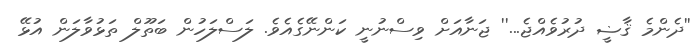
''ދެންމެ ޤާޟީ ދުރުވެއްޖެ...'' ޖަނާއަށް ވިސްނުނީ ކަންނޭގެއެވެ. ލަސްލަހުން ބަތޫލް ތަޅުވާލަން އުޅޭ